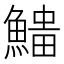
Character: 𩺅